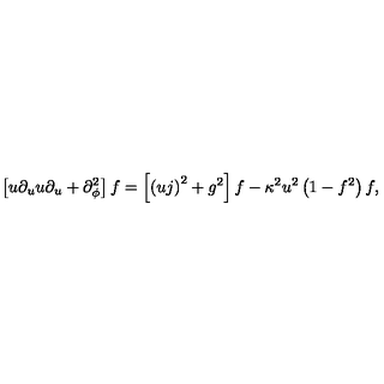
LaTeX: \left[ u \partial _ { u } u \partial _ { u } + \partial _ { \phi } ^ { 2 } \right] f = \left[ \left( u j \right) ^ { 2 } + g ^ { 2 } \right] f - \kappa ^ { 2 } u ^ { 2 } \left( 1 - f ^ { 2 } \right) f ,